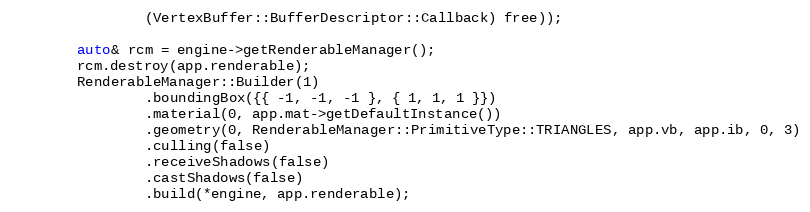
Language: C++
                (VertexBuffer::BufferDescriptor::Callback) free));

        auto& rcm = engine->getRenderableManager();
        rcm.destroy(app.renderable);
        RenderableManager::Builder(1)
                .boundingBox({{ -1, -1, -1 }, { 1, 1, 1 }})
                .material(0, app.mat->getDefaultInstance())
                .geometry(0, RenderableManager::PrimitiveType::TRIANGLES, app.vb, app.ib, 0, 3)
                .culling(false)
                .receiveShadows(false)
                .castShadows(false)
                .build(*engine, app.renderable);